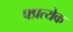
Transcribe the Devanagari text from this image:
फ्प्रत्येक